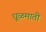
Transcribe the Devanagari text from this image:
धूळमाती